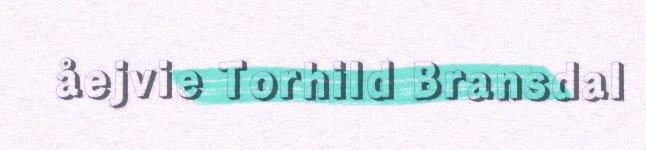
åejvie Torhild Bransdal